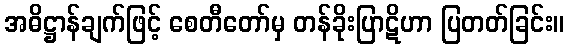
အဓိဋ္ဌာန်ချက်ဖြင့် စေတီတော်မှ တန်ခိုးပြာဋိဟာ ပြတတ်ခြင်း။